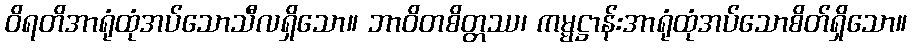
ဝိရတိအာရုံထုံအပ်သောသီလရှိသော။ ဘာဝိတစိတ္တဿ၊ ကမ္မဋ္ဌာန်းအာရုံထုံအပ်သောစိတ်ရှိသော။